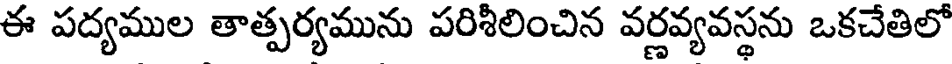
ఈ పద్యముల తాత్పర్యమును పరిశీలించిన వర్ణవ్యవస్థను ఒకచేతిలో